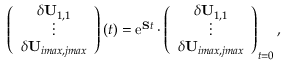
\left( \begin{array} { c } { \delta \mathbf { U } _ { 1 , 1 } } \\ { \vdots } \\ { \delta \mathbf { U } _ { i m a x , j m a x } } \end{array} \right) ( t ) = \mathrm { e } ^ { \mathbf { S } t } \cdot \left( \begin{array} { c } { \delta \mathbf { U } _ { 1 , 1 } } \\ { \vdots } \\ { \delta \mathbf { U } _ { i m a x , j m a x } } \end{array} \right) _ { t = 0 } ,